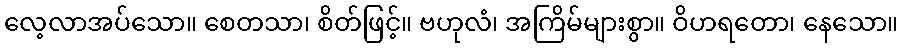
လေ့လာအပ်သော။ စေတသာ၊ စိတ်ဖြင့်။ ဗဟုလံ၊ အကြိမ်များစွာ။ ဝိဟရတော၊ နေသော။